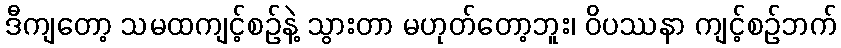
ဒီကျတော့ သမထကျင့်စဉ်နဲ့ သွားတာ မဟုတ်တော့ဘူး၊ ဝိပဿနာ ကျင့်စဉ်ဘက်